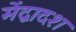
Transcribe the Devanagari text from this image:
मेंद्वादश